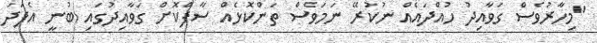
"މިހާރުވެސް ގަވާއިދު ހުއްދައެއް ނުކުރޭ ނަމަވެސް ތަންކޮޅެއް ސާފްކޮށް ގަވާއިދުގައި ބުނީ އެފަދަ